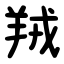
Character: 羢